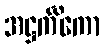
အဋ္ဌင်္ကိကော